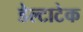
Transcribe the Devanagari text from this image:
डेल्टाटेक